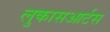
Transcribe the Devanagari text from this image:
लुकासआर्टस